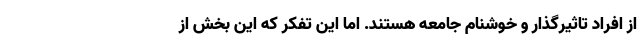
از افراد تاثیرگذار و خوشنام جامعه هستند. اما این تفکر که این بخش از